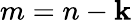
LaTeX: m=n-\mathbf{k}